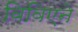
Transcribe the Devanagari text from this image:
विविएने